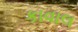
કાવાલ